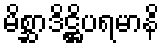
မိစ္ဆာဒိဋ္ဌိပရမာနိ